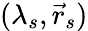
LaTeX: (\lambda_{s},\vec{r}_{s})